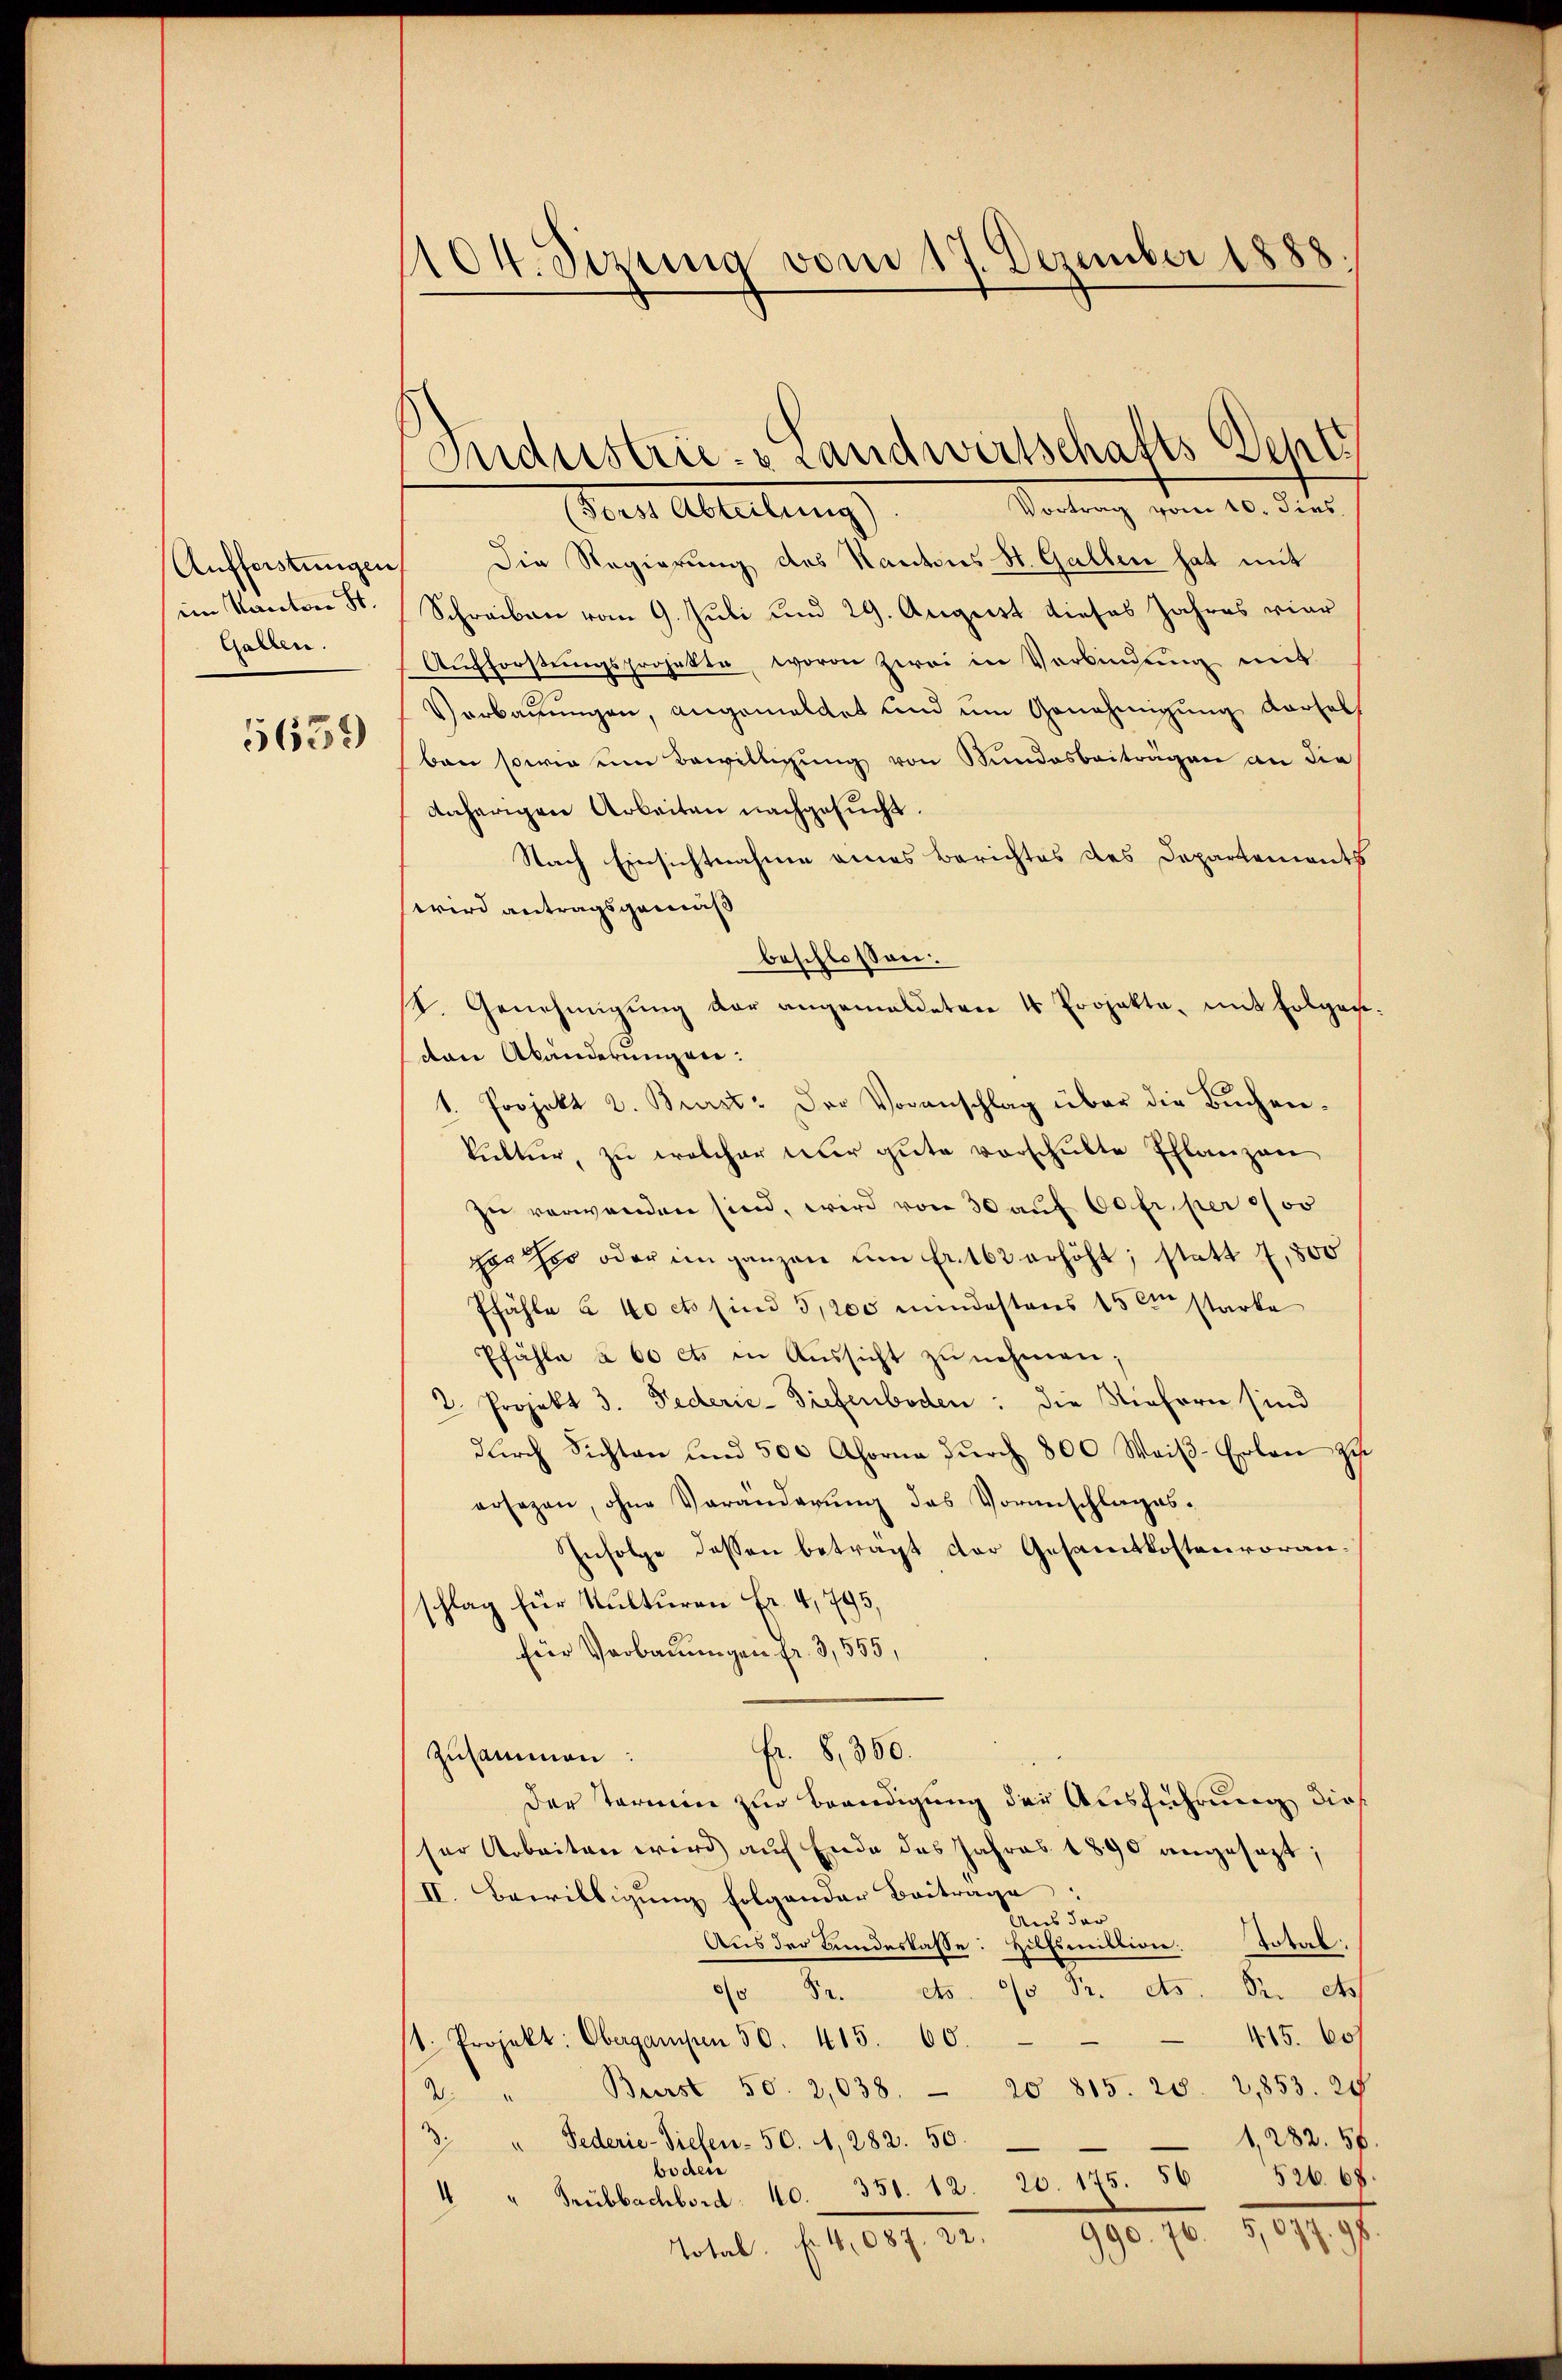
Aufferstungen
im Kanton St.
Gallen.
5639)

1104. Sizung vom 17. Dezember 1888.

Industrie- & Landwirtschafts Sehts

Vortrag vom 10. dies
(Forst Abteilung).
Die Regierung des Kantons St. Gallen hat mit
Schreiben vom 9. Juli und 29. August dieses Jahres vier
Aŭfforstŭngsprojekte, wovon zwei in Verbindŭng mit
Verbauungen, angemeldet und um Genehmigung dersel
ben sowie eine Bewilligung von Stundesbeiträgen an die
daherigen Arbeiten nachgesucht.
Nach Einsichtnahme eines Berichtes des Departements
wird antragsgemäß
beschlossen:
I. Genehmigŭng der angemeldeten 4 Projekte, mit folgen.
ton Abänderungen.
1. Projekt 2. Burst: Der Voranschlag über die Buchenkŭktŭr zŭ welcher nŭr gŭte vorschŭlte Pflanzen
zŭ verwenden sind, wird von 30 auf 60 fr. per 0/00
ger her oder im ganzen um fr. 162 erhöht; statt 7,500
Pfähle à 40 cts sind 5,200 mindestens 15 cm starke
Pfähle à 60 cts in Aŭssicht zŭ nehmen;
2. Projekt 3. Federie-Tiefenboden: die Niehern sind
dŭrch Sichten und 500 Ahorna dŭrch 800 Weiβ-Erlan zu
ersagen, ohne Veränderung des Voranschlages.
Infolge dessen betragt der Gesamtkostenvoranschlag für Kulturen Fr. 4, 795,
für Verbauungen fr. 3,555,
Fr. 8,300.
Zusammen:
Der Termin zur Beendigung der Ausführung dies
ser Arbeiten wird auf Ende des Jahres 1890 angesezt;
II. Bewilligung folgender Beitrage:
Aus der
Total.
Aus der Bundeskasse: Hilfsmillion.
00 Fr. etc. 9/5 Pr. Mts. Sr. Mts
415. 60
s. Projekt. Obergampen 50. 415. 60.
12. Bürst 50. 2,038. 20. 815. 28. 21853. 24
1,282. 56
3. " Federie-Siefen- 50. 4, 282. 50.
boden
4 " Trübbachbord. 10. 351. 12. 20. 175. 56526. 68.
990. 76.
.
Total. Fr. 4,087. 22.